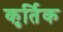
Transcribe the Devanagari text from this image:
कृर्तिक